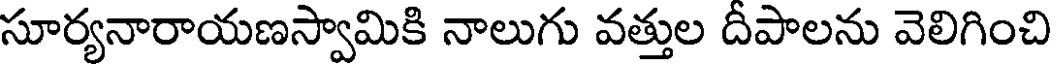
సూర్యనారాయణస్వామికి నాలుగు వత్తుల దీపాలను వెలిగించి